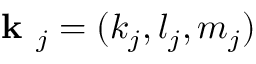
\textbf { k } _ { j } = ( k _ { j } , l _ { j } , m _ { j } )